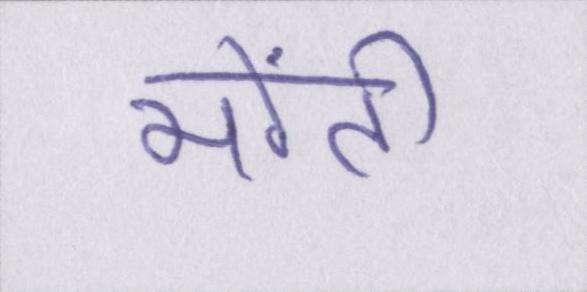
मोंटी